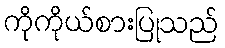
ကိုကိုယ်စားပြုသည်